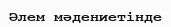
Әлем мәдениетінде